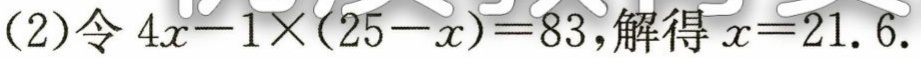
(2)令 \(4x - 1\times(25 - x)=83\)，解得 \(x = 21.6\)。